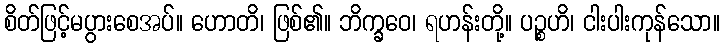
စိတ်ဖြင့်မပွားစေအပ်။ ဟောတိ၊ ဖြစ်၏။ ဘိက္ခဝေ၊ ရဟန်းတို့။ ပဉ္စဟိ၊ ငါးပါးကုန်သော။